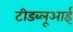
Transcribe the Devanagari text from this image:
टीडब्लूआई